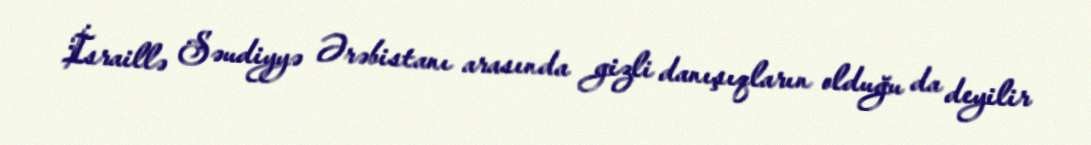
İsraillə Səudiyyə Ərəbistanı arasında gizli danışıqların olduğu da deyilir